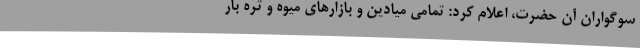
سوگواران آن حضرت، اعلام کرد: تمامی میادین و بازارهای میوه و تره بار